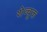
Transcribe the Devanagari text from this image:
शेव्चूक